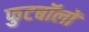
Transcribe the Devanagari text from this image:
फुटबॉलों